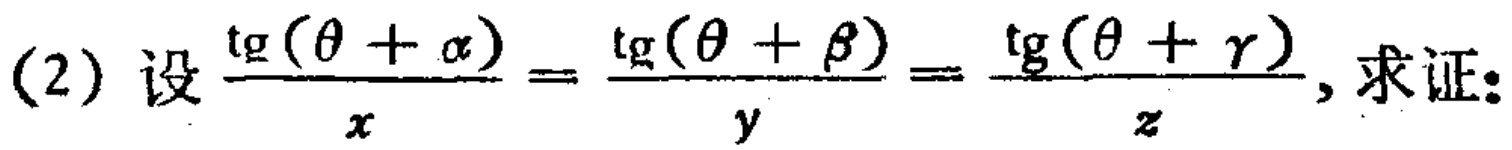
(2) 设$\frac{\mathrm{tg}(\theta+\alpha)}{x}=\frac{\mathrm{tg}(\theta+\beta)}{y}=\frac{\mathrm{tg}(\theta+\gamma)}{z}$, 求证: